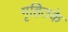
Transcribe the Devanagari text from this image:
गृहितके